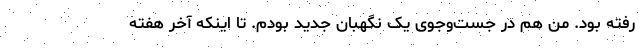
رفته بود. من هم در جست‌وجوی یک نگهبان جدید بودم. تا اینکه آخر هفته